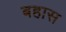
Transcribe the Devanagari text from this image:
बहास